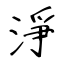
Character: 淨